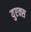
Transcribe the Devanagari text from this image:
युएक्स